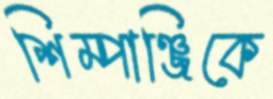
শিম্পাঞ্জিকে